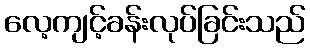
လေ့ကျင့်ခန်းလုပ်ခြင်းသည်